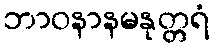
ဘာဝနာနမနုတ္တရံ